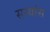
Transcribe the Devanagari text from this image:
सन्यांस